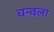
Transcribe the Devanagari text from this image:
चन्वला